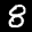
Label: 8